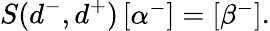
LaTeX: S(d^{-},d^{+})\left[\begin{array}{l}{\alpha^{-}}\end{array}\right]=\left[\begin{array}{l}{\beta^{-}}\end{array}\right].